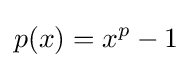
p(x)=x^{p}-1